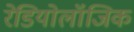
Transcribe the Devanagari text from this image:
रेडियोलॉजिक